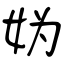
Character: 妫